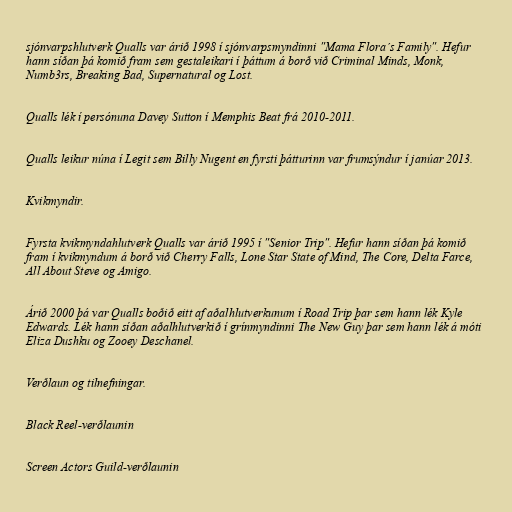
sjónvarpshlutverk Qualls var árið 1998 í sjónvarpsmyndinni "Mama Flora´s Family". Hefur
hann síðan þá komið fram sem gestaleikari í þáttum á borð við Criminal Minds, Monk,
Numb3rs, Breaking Bad, Supernatural og Lost.

Qualls lék í persónuna Davey Sutton í Memphis Beat frá 2010-2011.

Qualls leikur núna í Legit sem Billy Nugent en fyrsti þátturinn var frumsýndur í janúar 2013.

Kvikmyndir.

Fyrsta kvikmyndahlutverk Qualls var árið 1995 í "Senior Trip". Hefur hann síðan þá komið
fram í kvikmyndum á borð við Cherry Falls, Lone Star State of Mind, The Core, Delta Farce,
All About Steve og Amigo.

Árið 2000 þá var Qualls boðið eitt af aðalhlutverkunum í Road Trip þar sem hann lék Kyle
Edwards. Lék hann síðan aðalhlutverkið í grínmyndinni The New Guy þar sem hann lék á móti
Eliza Dushku og Zooey Deschanel.

Verðlaun og tilnefningar.

Black Reel-verðlaunin

Screen Actors Guild-verðlaunin